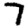
Digit: 7